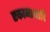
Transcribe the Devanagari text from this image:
एकानाथादि